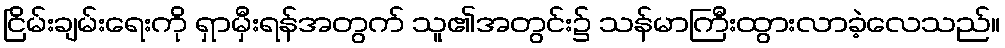
ငြိမ်းချမ်းရေးကို ရှာမှီးရန်အတွက် သူ၏အတွင်း၌ သန်မာကြီးထွားလာခဲ့လေသည်။